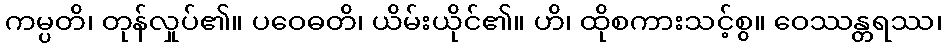
ကမ္ပတိ၊ တုန်လှုပ်၏။ ပဝေဓတိ၊ ယိမ်းယိုင်၏။ ဟိ၊ ထိုစကားသင့်စွ။ ဝေဿန္တရဿ၊